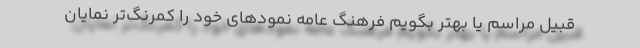
قبیل مراسم یا بهتر بگویم فرهنگ عامه نمودهای خود را کمرنگ‌تر نمایان